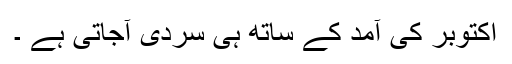
اکتوبر کی آمد کے ساتھ ہی سردی آجاتی ہے ۔